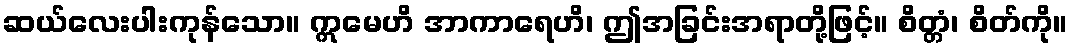
ဆယ်လေးပါးကုန်သော။ ဣမေဟိ အာကာရေဟိ၊ ဤအခြင်းအရာတို့ဖြင့်။ စိတ္တံ၊ စိတ်ကို။